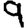
Digit: 9